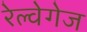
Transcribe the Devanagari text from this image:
रेल्वेगेज